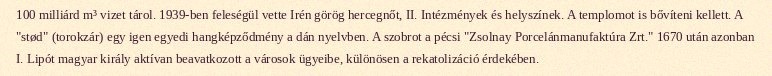
100 milliárd m³ vizet tárol. 1939-ben feleségül vette Irén görög hercegnőt, II. Intézmények és helyszínek. A templomot is bővíteni kellett. A "stød" (torokzár) egy igen egyedi hangképződmény a dán nyelvben. A szobrot a pécsi "Zsolnay Porcelánmanufaktúra Zrt." 1670 után azonban I. Lipót magyar király aktívan beavatkozott a városok ügyeibe, különösen a rekatolizáció érdekében.